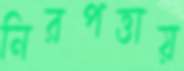
নিরপত্তায়